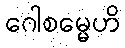
ဂေါစမ္မေဟိ